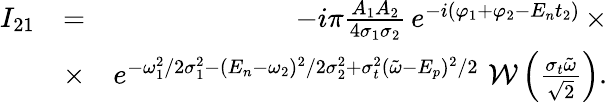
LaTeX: \begin{array}{rlr}{I_{21}}&{=}&{-i\pi\frac{A_{1}A_{2}}{4\sigma_{1}\sigma_{2}}\, e^{-i(\varphi_{1}+\varphi_{2}-E_{n}t_{2})}\, \times}\\ &{\times}&{e^{-\omega_{1}^{2}/2\sigma_{1}^{2}-(E_{n}-\omega_{2})^{2}/2\sigma_{2}^{2}+\sigma_{t}^{2}(\tilde{\omega}-E_{p})^{2}/2}\, \, \mathcal{W}\left(\frac{\sigma_{t}\tilde{\omega}}{\sqrt{2}}\right).}\end{array}